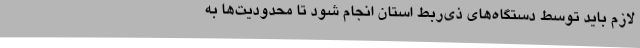
لازم باید توسط دستگاه‌های ذی‌ربط استان انجام شود تا محدودیت‌ها به‌